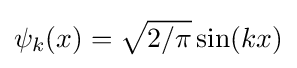
\psi _{k}(x)={\sqrt {2/\pi }}\sin(kx)